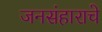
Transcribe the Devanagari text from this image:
जनसंहाराचे